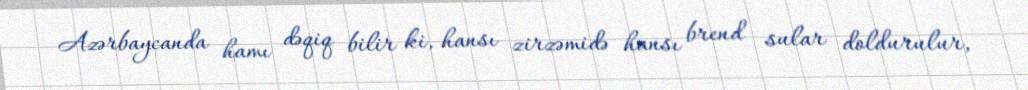
Azərbaycanda hamı dəqiq bilir ki, hansı zirzəmidə hansı brend sular doldurulur,